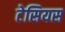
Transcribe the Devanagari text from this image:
टेसियस